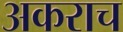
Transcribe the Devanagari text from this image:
अकराच